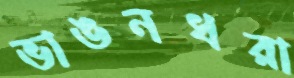
ভাঙনধরা